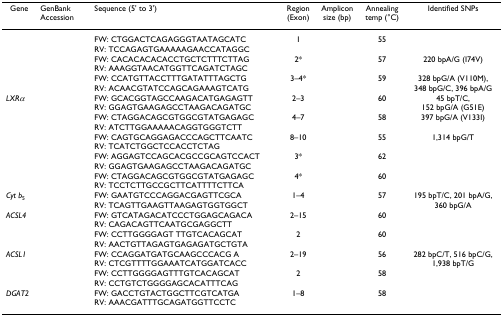
<table><thead><tr><td><b>Gene</b></td><td><b>GenBankAccession</b></td><td><b>Sequence (5' to 3')</b></td><td><b>Region(Exon)</b></td><td><b>Ampliconsize (bp)</b></td><td><b>Annealingtemp (°C)</b></td><td><b>Identified SNPs</b></td></tr></thead><tbody><tr><td>[EMPTY_CELL]</td><td>[EMPTY_CELL]</td><td>FW: CTGGACTCAGAGGGTAATAGCATCRV: TCCAGAGTGAAAAAGAACCATAGGC</td><td>1</td><td>[EMPTY_CELL]</td><td>55</td><td>[EMPTY_CELL]</td></tr><tr><td>[EMPTY_CELL]</td><td>[EMPTY_CELL]</td><td>FW: CACACACACACCTGCTCTTTCTTAGRV: AAAGGTAACATGGTTCAGATCTAGC</td><td>2*</td><td>[EMPTY_CELL]</td><td>57</td><td>220 bpA/G (I74V)</td></tr><tr><td>[EMPTY_CELL]</td><td>[EMPTY_CELL]</td><td>FW: CCATGTTACCTTTGATATTTAGCTGRV: ACAACGTATCCAGCAGAAAGTCATG</td><td>3–4*</td><td>[EMPTY_CELL]</td><td>59</td><td>328 bpG/A (V110M),348 bpG/C, 396 bpA/G</td></tr><tr><td><i>LXRα</i></td><td>[EMPTY_CELL]</td><td>FW: GCACGGTAGCCAAGACATGAGAGTTRV: GGAGTGAAGAGCCTAAGACAGATGC</td><td>2–3</td><td>[EMPTY_CELL]</td><td>60</td><td>45 bpT/C,152 bpG/A (G51E)</td></tr><tr><td>[EMPTY_CELL]</td><td>[EMPTY_CELL]</td><td>FW: CTAGGACAGCGTGGCGTATGAGAGCRV: ATCTTGGAAAAACAGGTGGGTCTT</td><td>4–7</td><td>[EMPTY_CELL]</td><td>58</td><td>397 bpG/A (V133I)</td></tr><tr><td>[EMPTY_CELL]</td><td>[EMPTY_CELL]</td><td>FW: CAGTGCAGGAGACCCAGCTTCAATCRV: TCATCTGGCTCCACCTCTAG</td><td>8–10</td><td>[EMPTY_CELL]</td><td>55</td><td>1,314 bpG/T</td></tr><tr><td>[EMPTY_CELL]</td><td>[EMPTY_CELL]</td><td>FW: AGGAGTCCAGCACGCCGCAGTCCACTRV: GGAGTGAAGAGCCTAAGACAGATGC</td><td>3*</td><td>[EMPTY_CELL]</td><td>62</td><td>[EMPTY_CELL]</td></tr><tr><td>[EMPTY_CELL]</td><td>[EMPTY_CELL]</td><td>FW: CTAGGACAGCGTGGCGTATGAGAGCRV: TCCTCTTGCCGCTTCATTTTCTTCA</td><td>4*</td><td>[EMPTY_CELL]</td><td>60</td><td>[EMPTY_CELL]</td></tr><tr><td><i>Cyt b</i><sub>5</sub></td><td>[EMPTY_CELL]</td><td>FW: GAATGTCCCAGGACGAGTTCGCARV: TCAGTTGAAGTTAAGAGTGGTGGCT</td><td>1–4</td><td>[EMPTY_CELL]</td><td>57</td><td>195 bpT/C, 201 bpA/G,360 bpG/A</td></tr><tr><td><i>ACSL4</i></td><td>[EMPTY_CELL]</td><td>FW: GTCATAGACATCCCTGGAGCAGACARV: CAGACAGTTCAATGCGAGGCTT</td><td>2–15</td><td>[EMPTY_CELL]</td><td>60</td><td>[EMPTY_CELL]</td></tr><tr><td>[EMPTY_CELL]</td><td>[EMPTY_CELL]</td><td>FW: CCTTGGGGAGT TTGTCACAGCATRV: AACTGTTAGAGTGAGAGATGCTGTA</td><td>2</td><td>[EMPTY_CELL]</td><td>60</td><td>[EMPTY_CELL]</td></tr><tr><td><i>ACSL1</i></td><td>[EMPTY_CELL]</td><td>FW: CCAGGATGATGCAAGCCCACG ARV: CTCGTTTTGGAAATCATGGATCACC</td><td>2–19</td><td>[EMPTY_CELL]</td><td>56</td><td>282 bpC/T, 516 bpC/G,1,938 bpT/G</td></tr><tr><td>[EMPTY_CELL]</td><td>[EMPTY_CELL]</td><td>FW: CCTTGGGGAGTTTGTCACAGCATRV: CCTGTCTGGGGAGCACATTTCAG</td><td>2</td><td>[EMPTY_CELL]</td><td>58</td><td>[EMPTY_CELL]</td></tr><tr><td><i>DGAT2</i></td><td>[EMPTY_CELL]</td><td>FW: GACCTGTACTGGCTTCGTCATGARV: AAACGATTTGCAGATGGTTCCTC</td><td>1–8</td><td>[EMPTY_CELL]</td><td>58</td><td>[EMPTY_CELL]</td></tr></tbody></table>